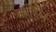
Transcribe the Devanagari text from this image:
कीए।